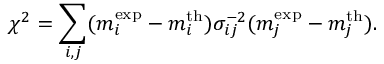
\chi ^ { 2 } = \sum _ { i , j } ( m _ { i } ^ { \mathrm { e x p } } - m _ { i } ^ { \mathrm { t h } } ) \sigma _ { i j } ^ { - 2 } ( m _ { j } ^ { \mathrm { e x p } } - m _ { j } ^ { \mathrm { t h } } ) .